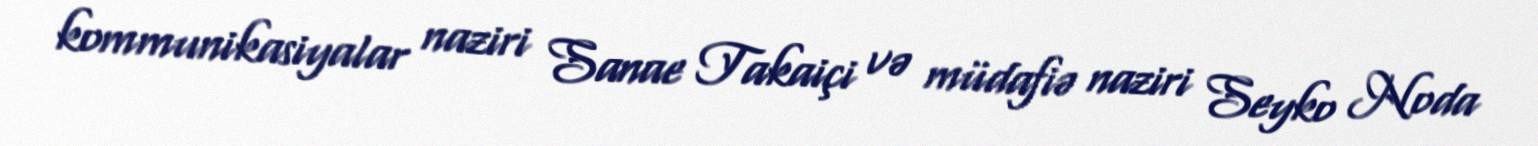
kommunikasiyalar naziri Sanae Takaiçi və müdafiə naziri Seyko Noda